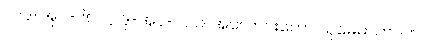
ပါ-ဒု-အုပ်-၆၈၊ ဋ္ဌ-ဒု-အုပ်-၂၁၁၊ အလောင်းတော် သုမေဓာဘဝက